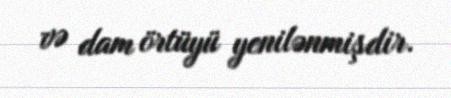
və dam örtüyü yenilənmişdir.